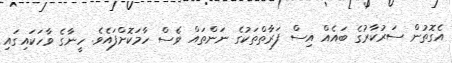
އެގޮތުން ސަރުކާރުގެ ބައެއް އިސް ފަރާތްތަކުގެ ނަންތައް ވެސް ހާމަކޮށްފައެވެ. ހީނާގެ ވާހަކައިގައި